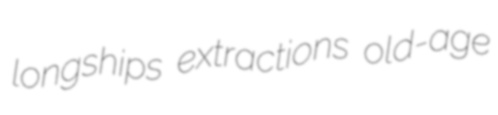
longships extractions old-age